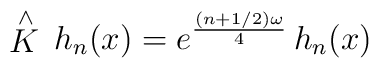
\stackrel{\wedge }{K}\, h_{n}(x) =e^{\frac{(n+1/2)\omega}{4}}\,h_{n}(x)